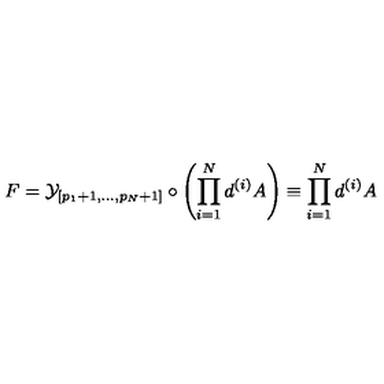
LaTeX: F = { \cal { Y } } _ { [ p _ { 1 } + 1 , . . . , p _ { N } + 1 ] } \circ \left( \prod _ { i = 1 } ^ { N } d ^ { ( i ) } A \right) \equiv \prod _ { i = 1 } ^ { N } d ^ { ( i ) } A